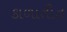
કાળાતીત